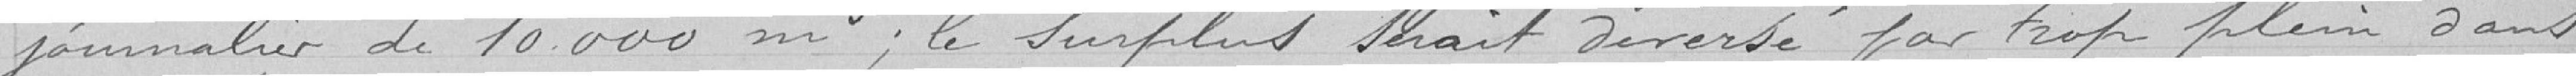
journalier de 10.000 m3; le surplus serait déversé par trop plein dans